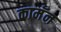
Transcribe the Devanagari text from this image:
कामॅन